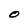
Character: O